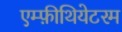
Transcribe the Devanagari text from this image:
एम्फ़ीथियेटरम